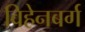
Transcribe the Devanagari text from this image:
विहेनबर्ग